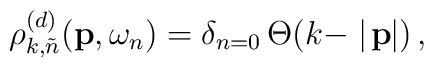
\rho_{k,\tilde{n}}^{(d)}({\bf p},\omega_n) = \delta_{n=0}\,\Theta(k - \mid\!{\bf p}\!\!\mid)\,,